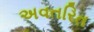
અવતરિત